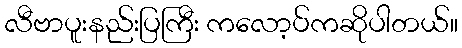
လီဗာပူးနည်းပြကြီး ကလော့ပ်ကဆိုပါတယ်။